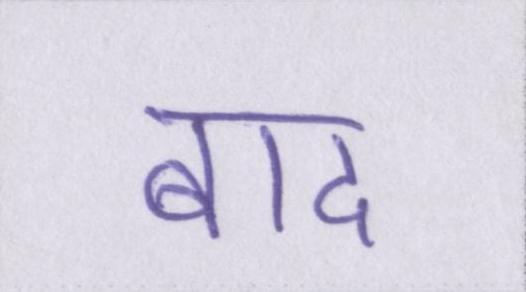
बाद